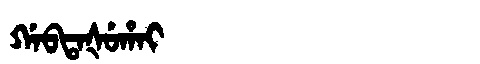
Manchu: ᡤᠠᠪᡨᠠᡧᡠᡥᠠᡳ
Romanization: GABTAŠUHAI